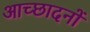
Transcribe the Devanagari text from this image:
आच्छादनों